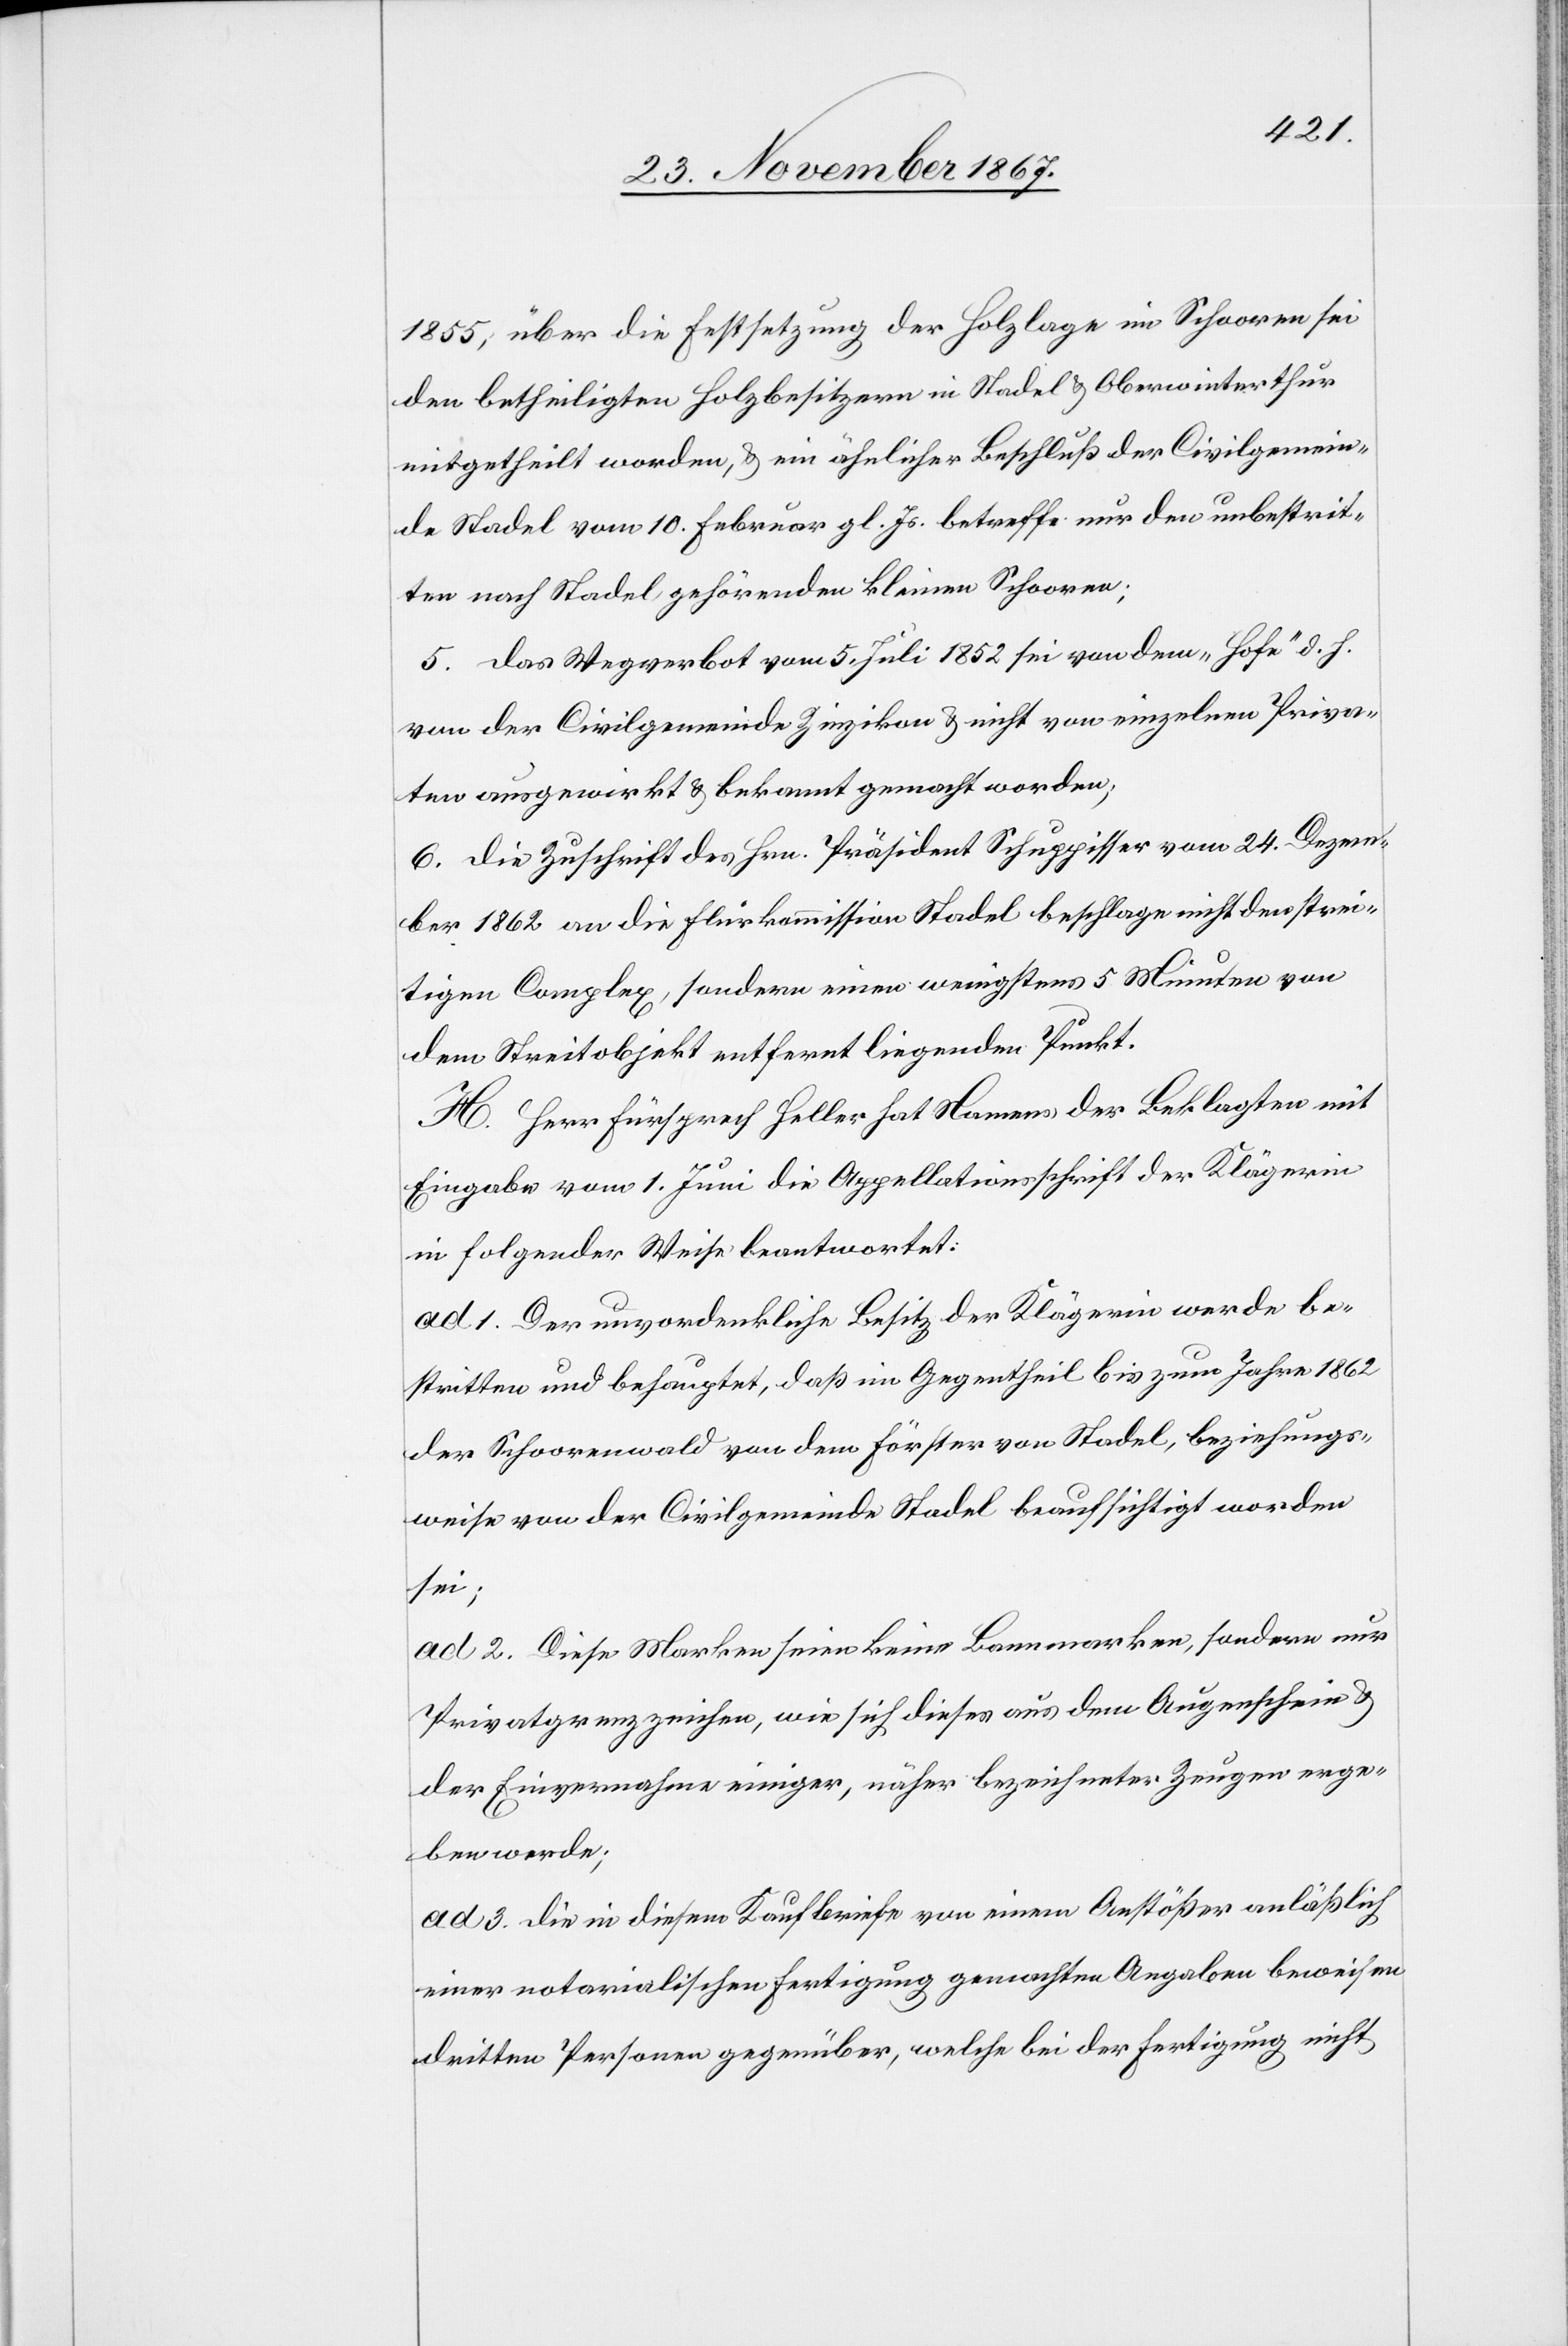
1855, über die Festsetzung der Holzlage im Schooren sei
den betheiligten Holzbesitzern in Stadel u. Oberwinterthur
mitgetheilt worden, u. ein ähnlicher Beschluß der Civilgemein¬
de Stadel vom 10. Februar gl. Js. betreffe nur den unbestrit¬
ten nach Stadel gehörenden kleinen Schooren.
5. das Wegverbot vom 5. Juli 1852 sei von dem „Hofe“ d. h.
von der Civilgemeinde Zinzikon u. nicht von einzelnen Priva¬
ten ausgewirkt u. bekannt gemacht worden.
6. die Zuschrift des Hrn. Präsident Schuppisser vom 24. Dezem¬
ber 1862 an die Flurkommission Stadel beschlage nicht den strei¬
tigen Complex, sondern einen wenigstens 5 Minuten von
dem Streitobjekt entfernt liegenden Punkt.
H. Herr Fürsprech Heller hat Namens der Beklagten mit
Eingabe vom 1. Juni die Appellationsschrift der Klägerin
in folgender Weise beantwortet:
ad 1. Der unvordenkliche Besitz der Klägerin werde be¬
stritten und behauptet, daß im Gegentheil bis zum Jahre 1862
der Schoorenwald von dem Förster von Stadel, beziehungs¬
weise von der Civilgemeinde Stadel beaufsichtigt worden
sei;
ad 2. Diese Marken seien keine Bannmarken, sondern nur
Privatgrenzzeichen, wie sich dieses aus dem Augenschein u.
der Einvernahme einiger, näher bezeichneten Zeugen erge¬
ben werde;
ad 3. die in diesem Kaufbriefe von einem Anstößer anläßlich
einer notarialischen Fertigung gemachten Angaben beweisen
dritten Personen gegenüber, welche bei der Fertigung nicht